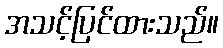
အသင့်ပြင်ထားသည်။